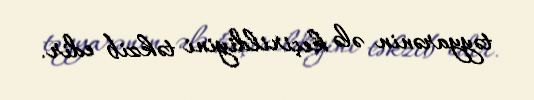
təyyarənin ələ keçirildiyini təkzib edir.